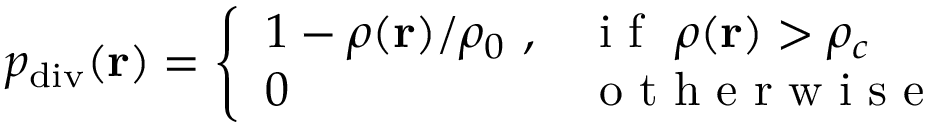
p _ { \mathrm { d i v } } ( \mathbf { r } ) = \left\{ \begin{array} { l l } { 1 - \rho ( \mathbf { r } ) / \rho _ { 0 } \ , } & { \mathrm { ~ i ~ f ~ } \ \rho ( \mathbf { r } ) > \rho _ { c } } \\ { 0 \, } & { \mathrm { ~ o ~ t ~ h ~ e ~ r ~ w ~ i ~ s ~ e ~ } } \end{array} \right.